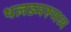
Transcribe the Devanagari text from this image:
थलडमरूमध्य